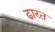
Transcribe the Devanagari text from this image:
ढारत